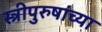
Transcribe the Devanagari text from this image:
स्त्रीपुरुषांच्या